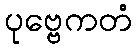
ပုဗ္ဗေကတံ